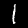
Label: 1